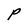
Character: P